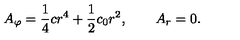
A _ { \varphi } = \frac 1 4 c r ^ { 4 } + \frac 1 2 c _ { 0 } r ^ { 2 } , \qquad A _ { r } = 0 .